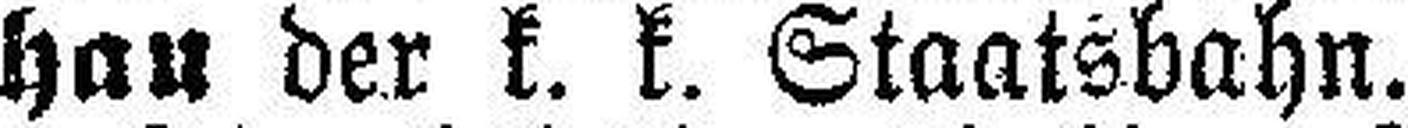
hau der k. k. Staatsbahn.